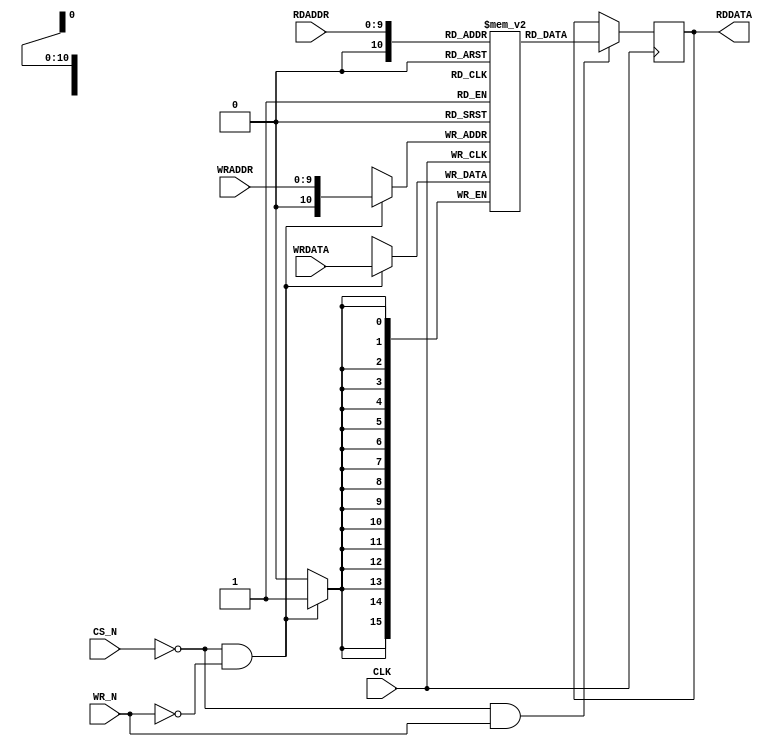
module SRAM (
	CLK,
  CS_N,
  WR_N,
  WRADDR,
  RDADDR,
  WRDATA,
  RDDATA
); 

input	CLK;
input CS_N, WR_N;
input [9:0] WRADDR;
input [9:0] RDADDR;
input [15:0] WRDATA;
output [15:0] RDDATA;

reg [15:0] RAMDATA [0:1024];
reg [15:0] RDDATA_sig;

///////////////////////////////////////////////////////
// sram write
always @(posedge CLK)
begin
	if(CS_N == 0 && WR_N == 0) begin
  		RAMDATA[WRADDR] <= WRDATA;
	end
end

///////////////////////////////////////////////////////
// sram read
always @(posedge CLK)
begin
  if(CS_N == 0 && WR_N == 1) begin
    	RDDATA_sig <= RAMDATA[RDADDR];
  end
end

assign RDDATA = RDDATA_sig;

endmodule